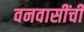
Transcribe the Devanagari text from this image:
वनवासींची